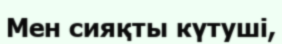
Мен сияқты күтуші,